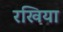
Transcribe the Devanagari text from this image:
रखिया